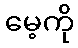
မေ့ကို